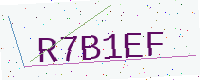
Text: R7B1EF